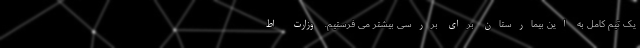
یک تیم کامل به این بیمارستان برای بررسی بیشتر می فرستیم. وزارت اط